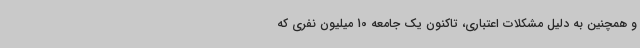
و همچنین به دلیل مشکلات اعتباری، تاکنون یک جامعه 10 میلیون نفری که